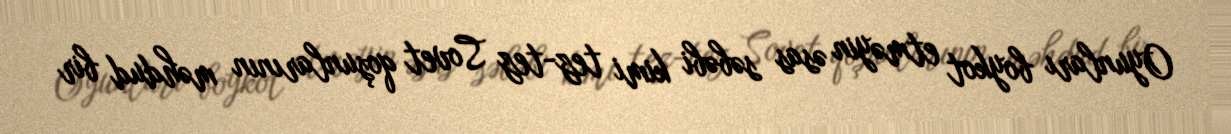
Oyunları boykot etməyin əsas səbəbi kimi tez-tez Sovet qoşunlarının məhdud bir